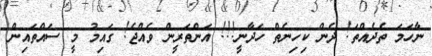
ނާހަމަ ތެދެއްތަ! ދެން ކިހިނެތް ހަދާނީ!!! އަންތަރީން ވެއްޖެ! ގައިމު މީ ސައްތައިން